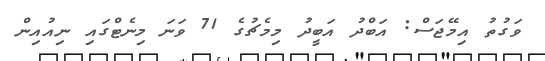
ވަގުތު އިމޭޖަސް: އަބްދު އަބީދު މިމެޗުގެ 71 ވަނަ މިނެޓްގައި ނިއުއިން